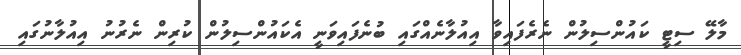
މާލޭ ސިޓީ ކައުންސިލުން ނެރެފައިވާ އިއުލާނެއްގައި ބުނެފައިވަނީ އެކައުންސިލުން ކުރިން ނެރުނު އިއުލާނުގައި